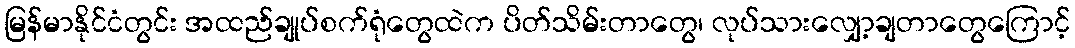
မြန်မာနိုင်ငံတွင်း အထည်ချုပ်စက်ရုံတွေထဲက ပိတ်သိမ်းတာတွေ၊ လုပ်သားလျှော့ချတာတွေကြောင့်